Lunatic asylums Central Provinces reports 1874-1885 - 1874-1885
Year: 1874
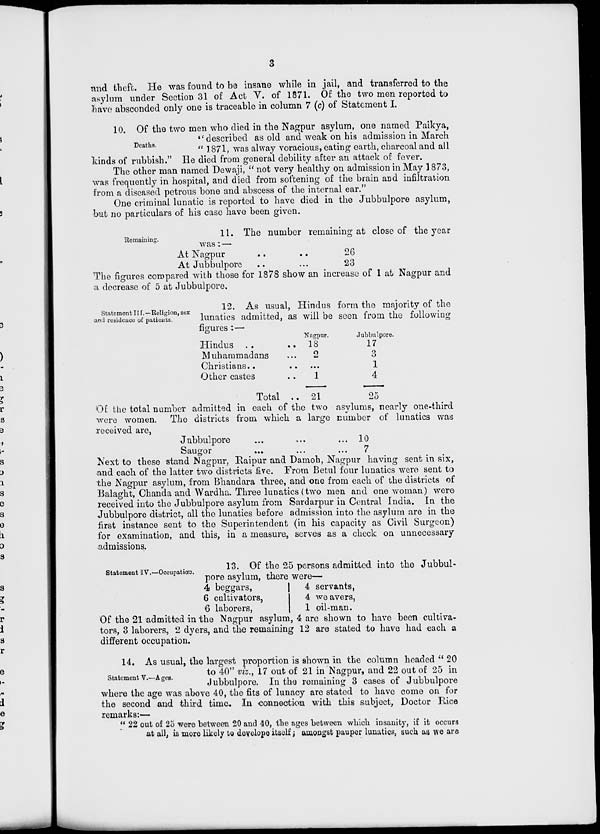
3
and theft. He was found to be insane while in jail, and transferred to the
asylum under Section 31 of Act V. of 1871. Of the two men reported to
have absconded only one is traceable in column 7 (c) of Statement I.
Deaths.
10. Of the two men who died in the Nagpur asylum, one named Paikya,
"described as old and weak on his admission in March
" 1871, was alway voracious, eating earth, charcoal and all
kinds of rubbish." He died from general debility after an attack of fever.
The other man named Dewaji, "not very healthy on admission in May 1873,
was frequently in hospital, and died from softening of the brain and infiltration
from a diseased petrous bone and abscess of the internal ear."
One criminal lunatic is reported to have died in the Jubbulpore asylum,
but no particulars of his case have been given.
Remaining.
11. The number remaining at close of the year
was: —
At Nagpur
..
..
At Jubbulpore
..
...
26
23
The figures compared with those for 1878 show an increase of 1 at Nagpur and
a decrease of 5 at Jubbulpore.
Statement III.—Religion, sex
and residence of patients.
12. As usual, Hindus form the majority of the
lunatics admitted, as will be seen from the following
figures : —
Hindus ..
Muhammadans ...
Christians .. ..
Other castes ..
Total ..
Nagpur.
18
2
...
1
21
Jubbulpore.
17
3
1
4
25
Of the total number admitted in each of the two asylums, nearly one-third
were women. The districts from which a large number of lunatics was
received are,
Jubbulpore ... ... ...
Saugor ... ... ...
10
7
Next to these stand Nagpur, Raipur and Damoh, Nagpur having sent in six,
and each of the latter two districts five. From Betul four lunatics were sent to
the Nagpur asylum, from Bhandara three, and one from each of the districts of
Balaght, Chanda and Wardha. Three lunatics (two men and one woman) were
received into the Jubbulpore asylum from Sardarpur in Central India. In the
Jubbulpore district, all the lunatics before admission into the asylum are in the
first instance sent to the Superintendent (in his capacity as Civil Surgeon)
for examination, and this, in a measure, serves as a check on unnecessary
admissions.
Statement IV.—Occupation.
13. Of the 25 persons admitted into the Jubbul-
pore asylum, there were—
4 beggars,
6 cultivators,
6 laborers,
4 servants,
4 weavers,
1 oil-man.
Of the 21 admitted in the Nagpur asylum, 4 are shown to have been cultiva-
tors, 3 laborers, 2 dyers, and the remaining 12 are stated to have had each a
different occupation.
Statement V.—Ages.
14. As usual, the largest proportion is shown in the column headed " 20
to 40 " viz., 17 out of 21 in Nagpur, and 22 out of 25 in
Jubbulpore. In the remaining 3 cases of Jubbulpore
where the age was above 40, the fits of lunacy are stated to have come on for
the second and third time. In connection with this subject, Doctor Rice
remarks:—
" 22 out of 25 were between 20 and 40, the ages between which insanity, if it occurs
at all, is more likely to develope itself; amongst pauper lunatics, such as we are